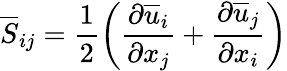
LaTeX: \overline{{S}}_{ij}=\frac{1}{2}\left(\frac{\partial\overline{{u}}_{i}}{\partial x_{j}}+\frac{\partial\overline{{u}}_{j}}{\partial x_{i}}\right)